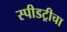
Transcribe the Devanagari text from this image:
स्पीडट्रीचा